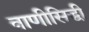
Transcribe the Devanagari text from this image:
वाणीसिद्धी